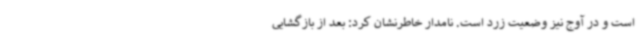
است و در آوج نیز وضعیت زرد است. نامدار خاطرنشان کرد: بعد از بازگشایی